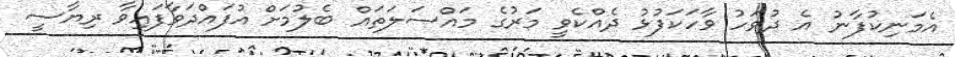
އެމަނިކުފާނު އެ ދުވަހު ވާހަަކަފުޅު ދެއްކެވީ މަރުގެ މައްސަލަތައް ބެލުމަށް އުފައްދަވާފައިވާ ރިޔާސީ